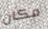
مكان